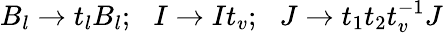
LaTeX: B_{l}\rightarrow t_{l}B_{l};\, \, \, \, I\rightarrow It_{v};\, \, \, \, J\rightarrow t_{1}t_{2}t_{v}^{-1}J